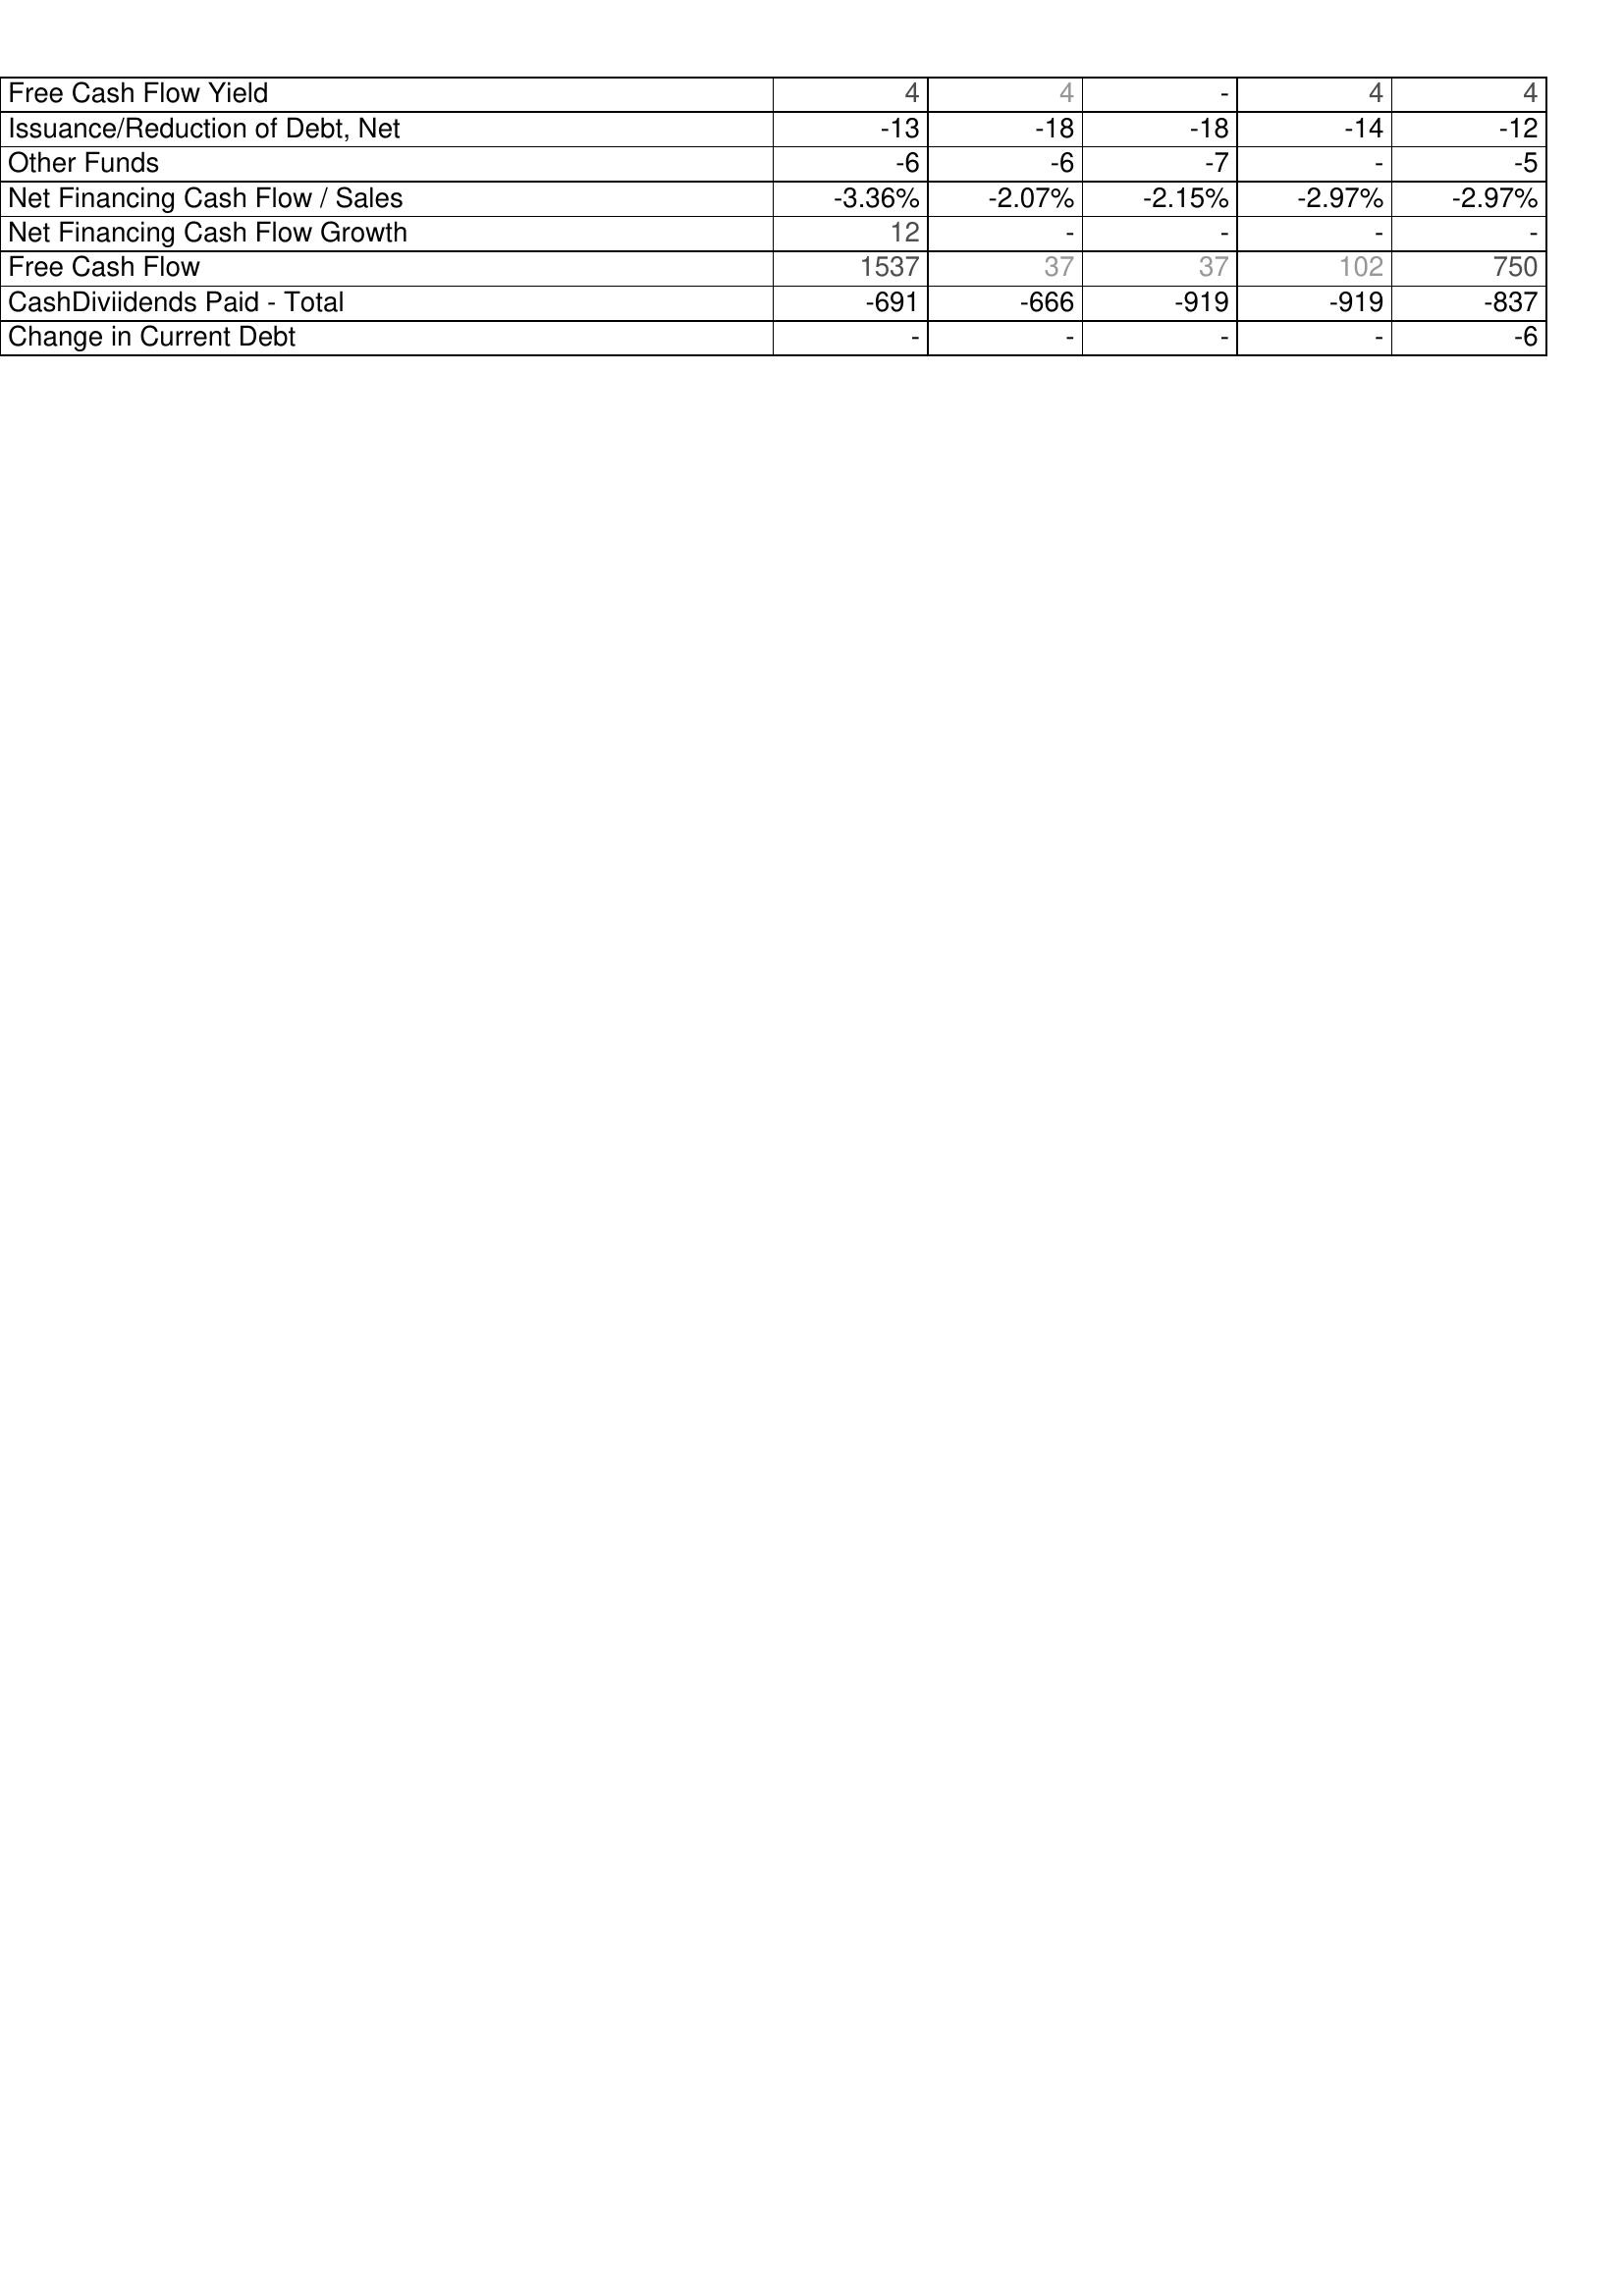
2003: Financing Activities: Free Cash Flow Yield: 4
Issuance/Reduction of Debt, Net: -13
Other Funds: -6
Net Financing Cash Flow / Sales: -3.36%
Net Financing Cash Flow Growth: 12
Free Cash Flow: 1537
CashDiviidends Paid - Total: -691
Change in Current Debt: -
2004: Financing Activities: Free Cash Flow Yield: 4
Issuance/Reduction of Debt, Net: -18
Other Funds: -6
Net Financing Cash Flow / Sales: -2.07%
Net Financing Cash Flow Growth: -
Free Cash Flow: 37
CashDiviidends Paid - Total: -666
Change in Current Debt: -
2005: Financing Activities: Free Cash Flow Yield: -
Issuance/Reduction of Debt, Net: -18
Other Funds: -7
Net Financing Cash Flow / Sales: -2.15%
Net Financing Cash Flow Growth: -
Free Cash Flow: 37
CashDiviidends Paid - Total: -919
Change in Current Debt: -
2006: Financing Activities: Free Cash Flow Yield: 4
Issuance/Reduction of Debt, Net: -14
Other Funds: -
Net Financing Cash Flow / Sales: -2.97%
Net Financing Cash Flow Growth: -
Free Cash Flow: 102
CashDiviidends Paid - Total: -919
Change in Current Debt: -
2007: Financing Activities: Free Cash Flow Yield: 4
Issuance/Reduction of Debt, Net: -12
Other Funds: -5
Net Financing Cash Flow / Sales: -2.97%
Net Financing Cash Flow Growth: -
Free Cash Flow: 750
CashDiviidends Paid - Total: -837
Change in Current Debt: -6